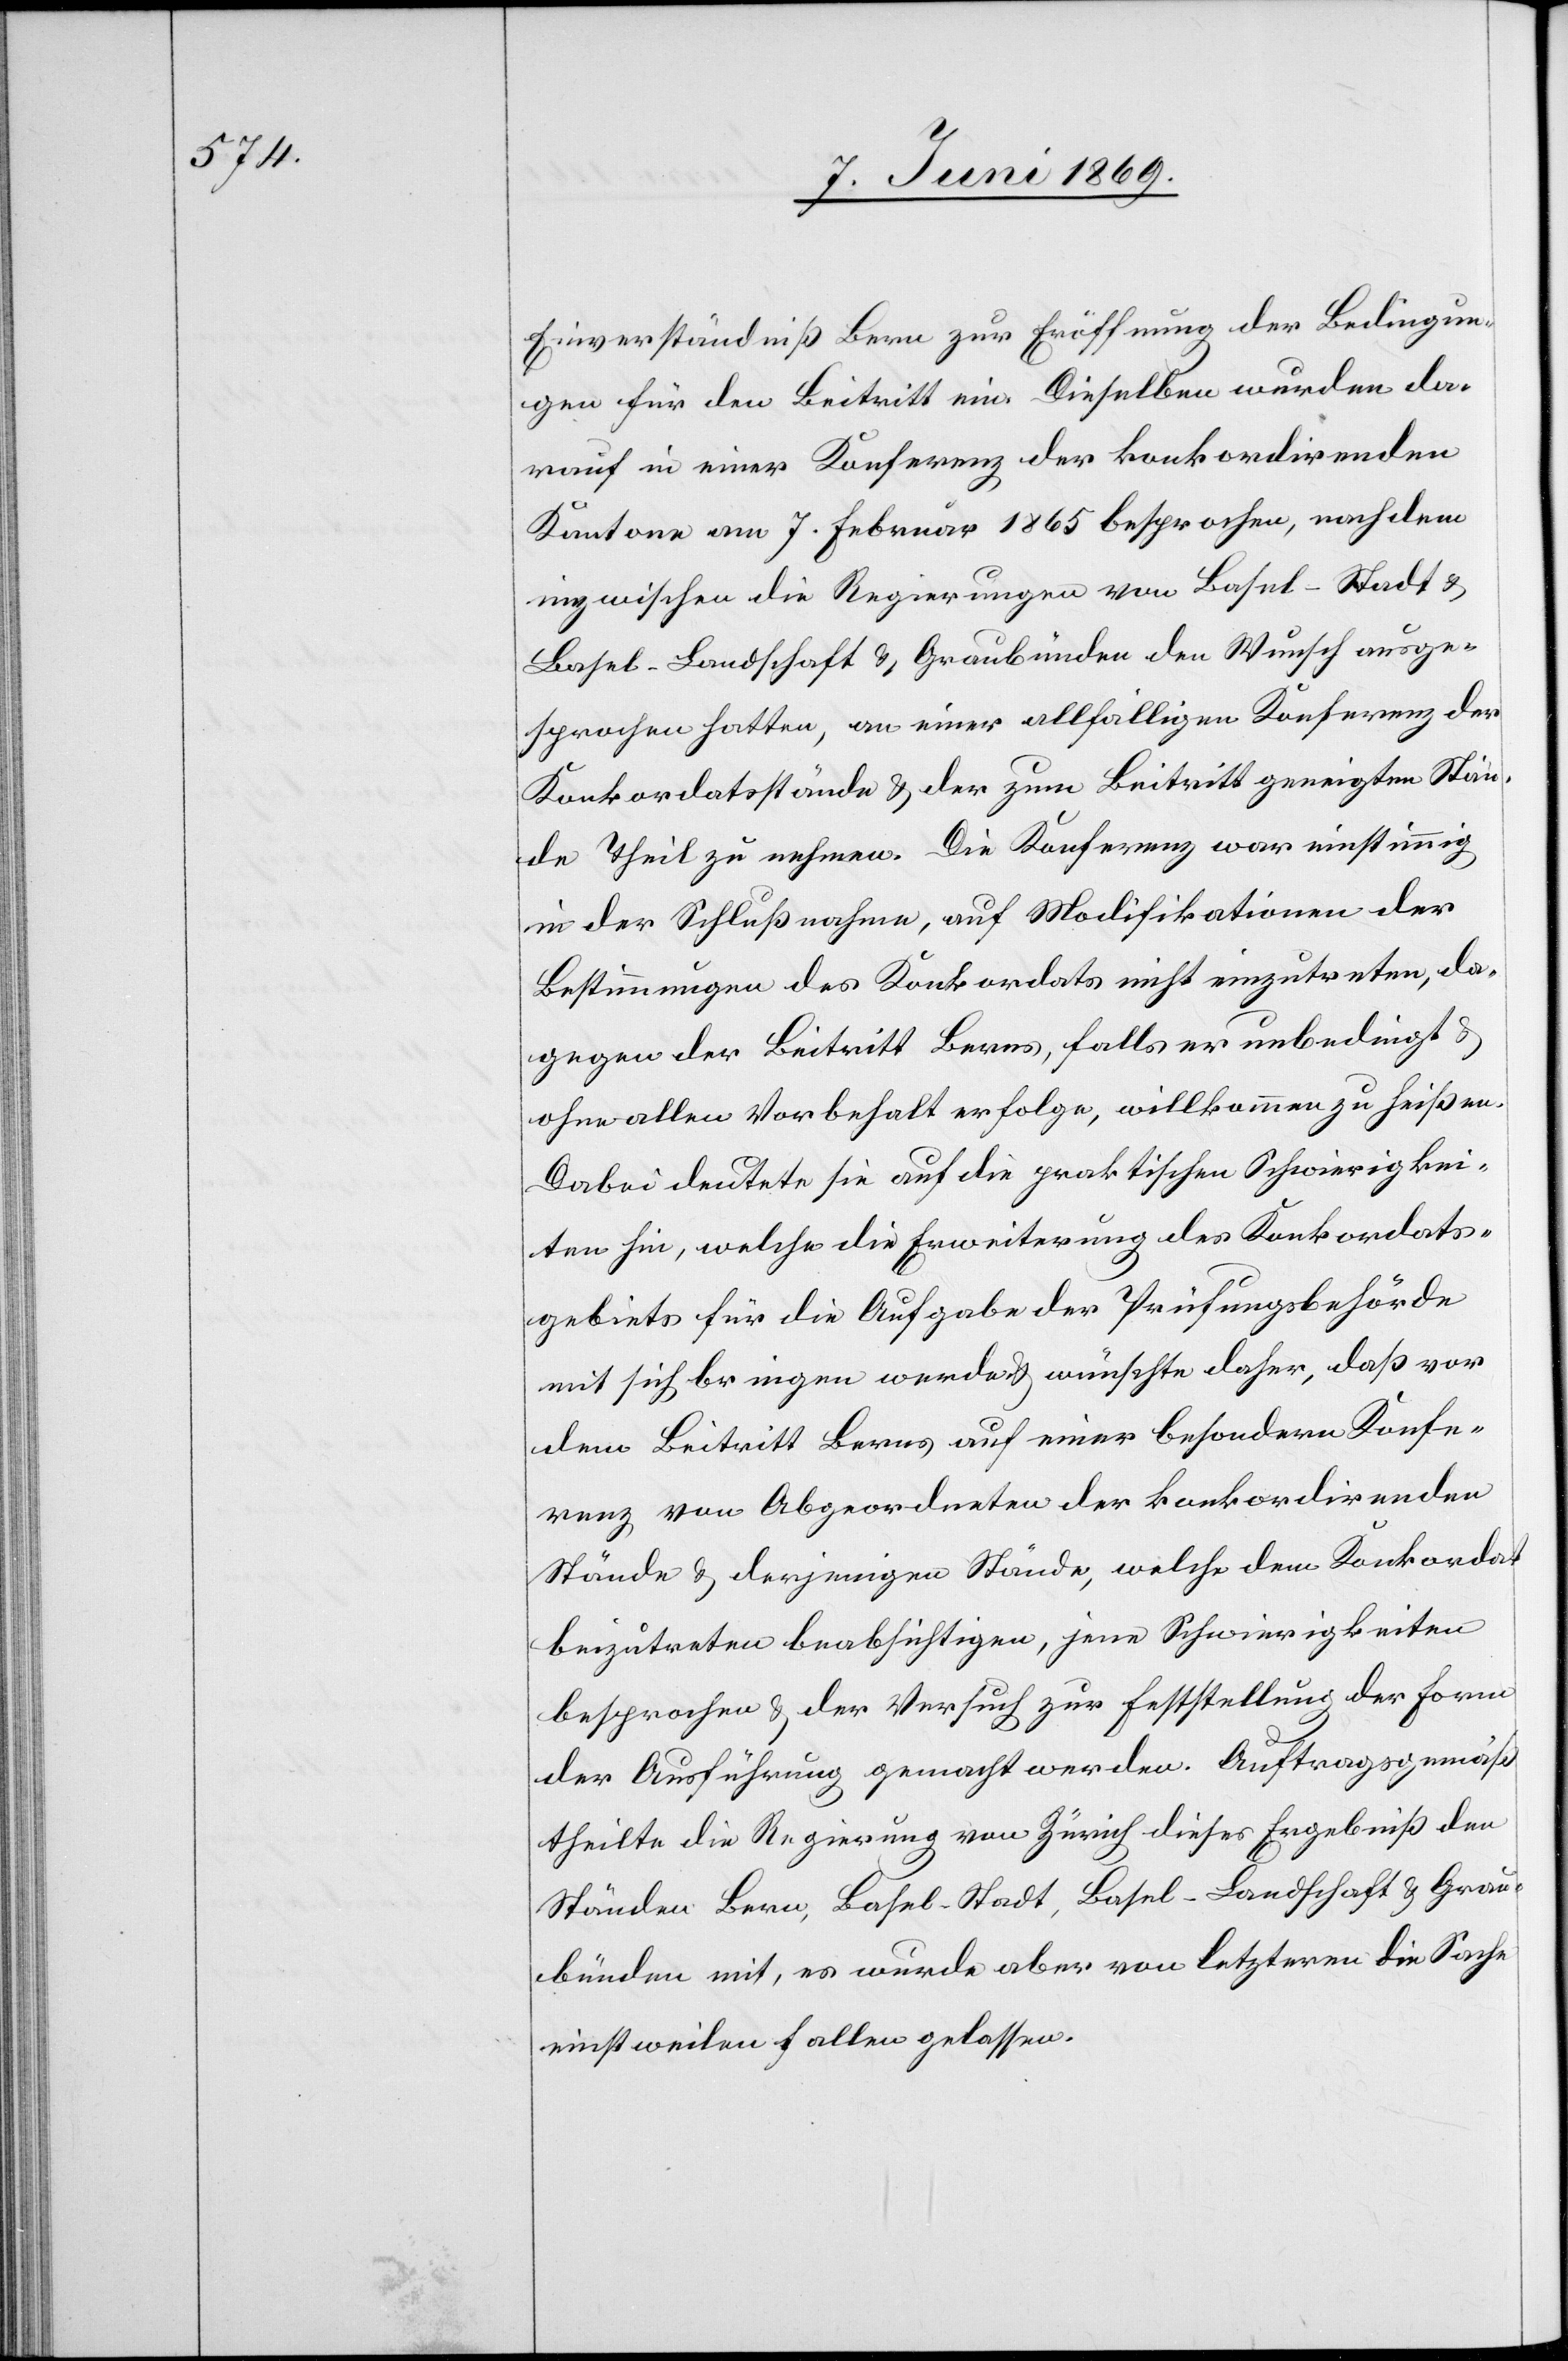
Einverständniß Bern zur Eröffnung der Bedingun¬
gen für den Beitritt ein. Dieselben wurden da¬
rauf in einer Konferenz der konkordirenden
Kantone am 7 Februar 1865 besprochen, nachdem
inzwischen die Regierungen von Basel-Stadt u.
Basel-Landschaft u. Graubünden den Wunsch ausge¬
sprochen hatten, an einer allfälligen Konferenz der
Konkordatsstände u. der zum Beitritt geneigten Stän¬
de Theil zu nehmen. Die Konferenz war einstimmig
in der Schlußnahme, auf Modifikationen der
Bestimmungen des Konkordats nicht einzutreten, da¬
gegen der Beitritt Berns, falls er unbedingt u.
ohne allen Vorbehalt erfolge, willkommen zu heißen.
Dabei deutete sie auf die praktischen Schwierigkei¬
ten hin, welche die Erweiterung des Konkordats¬
gebiets für die Aufgabe der Prüfungsbehörde
mit sich bringen werde u. wünschte daher, daß vor
dem Beitritt Berns auf einer besondern Konfe¬
renz von Abgeordneten der konkordirenden
Stände u. derjenigen Stände, welche dem Konkordat
beizutreten beabsichtigen, jene Schwierigkeiten
besprochen u. der Versuch zur Feststellung der Form
der Ausführung gemacht werden. Auftragsgemäß
theilte die Regierung von Zürich dieses Ergebniß dem
Ständen Bern, Basel-Stadt, Basel-Landschaft u. Grau¬
bünden mit, es wurde aber von letzteren die Sache
einstweilen fallen gelassen.